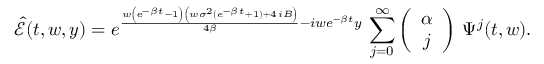
\hat { \mathcal E } ( t , w , y ) = { { e } ^ { { \frac { w \left( { \mathrm { e } ^ { - \beta \, t } } - 1 \right) \left( w { \sigma } ^ { 2 } ( { { e } ^ { - \beta \, t } } + 1 ) + 4 \, i B \right) } { 4 \beta } } - i w e ^ { - \beta t } y } } \, \sum _ { j = 0 } ^ { \infty } \left( \begin{array} { c } { \alpha } \\ { j } \end{array} \right) \, \Psi ^ { j } ( t , w ) .